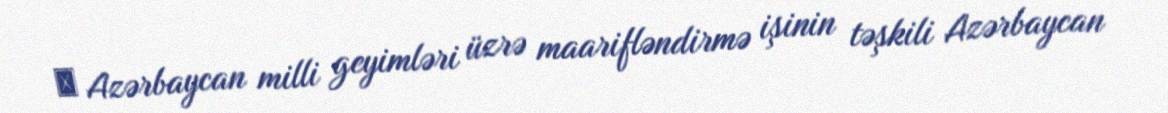
 Azərbaycan milli geyimləri üzrə maarifləndirmə işinin təşkili Azərbaycan